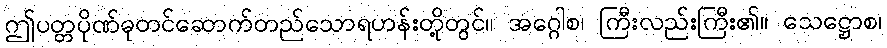
ဤပတ္တပိုဏ်ဓုတင်ဆောက်တည်သောရဟန်းတို့တွင်။ အဂ္ဂေါစ၊ ကြီးလည်းကြီး၏။ သေဋ္ဌောစ၊